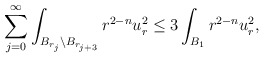
\begin{align*}\sum_{j = 0}^{\infty} \int_{B_{r_{j}}\setminus B_{r_{j+3}}} r^{2-n} u_r^2 \leq 3 \int_{B_{1}} r^{2-n} u_r^2,\end{align*}